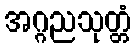
အဂ္ဂညသုတ္တံ